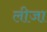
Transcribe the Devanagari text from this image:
लीजा़